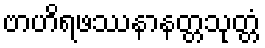
ဗာဟိရဖဿနာနတ္တသုတ္တံ